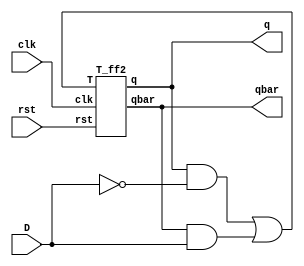
`timescale 1ns / 1ps
//////////////////////////////////////////////////////////////////////////////////
// Company: 
// Engineer: 
// 
// Design Name: 
// Module Name: D_t_ff
// Project Name: 
// Target Devices: 
// Tool Versions: 
// Description: 
// 
// Dependencies: 
// 
// Revision:
// Revision 0.01 - File Created
// Additional Comments:
// 
//////////////////////////////////////////////////////////////////////////////////


module D_t_ff(D,clk,rst,q,qbar);
input D,clk,rst;
output q,qbar;
and a1(w1,q,~D);
and a2(w2,qbar,D);
or a3(w3,w1,w2);
T_ff2 a4(w3,clk,rst,q,qbar);

endmodule
module T_ff2(T,clk,rst,q,qbar);
input T,clk,rst;
output reg q,qbar;
always@(posedge clk)
begin

if(rst)
{q,qbar}={1'b0,1'b1};
else
    begin
    if(T==1)
    {q,qbar}={~q,q};
    end
    
end
endmodule